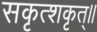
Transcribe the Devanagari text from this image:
सकृत्शकृत्॥